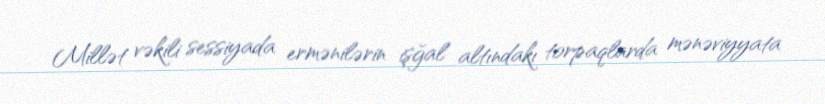
Millət vəkili sessiyada ermənilərin işğal altındakı torpaqlarda mənəviyyata